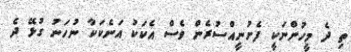
ތި ދެ މީހުންނަކީ ފެށުނީއްސުރެން ވެސް އެކަކު އަނެކަކާ ނުހަނު ގުޅޭ ދެ